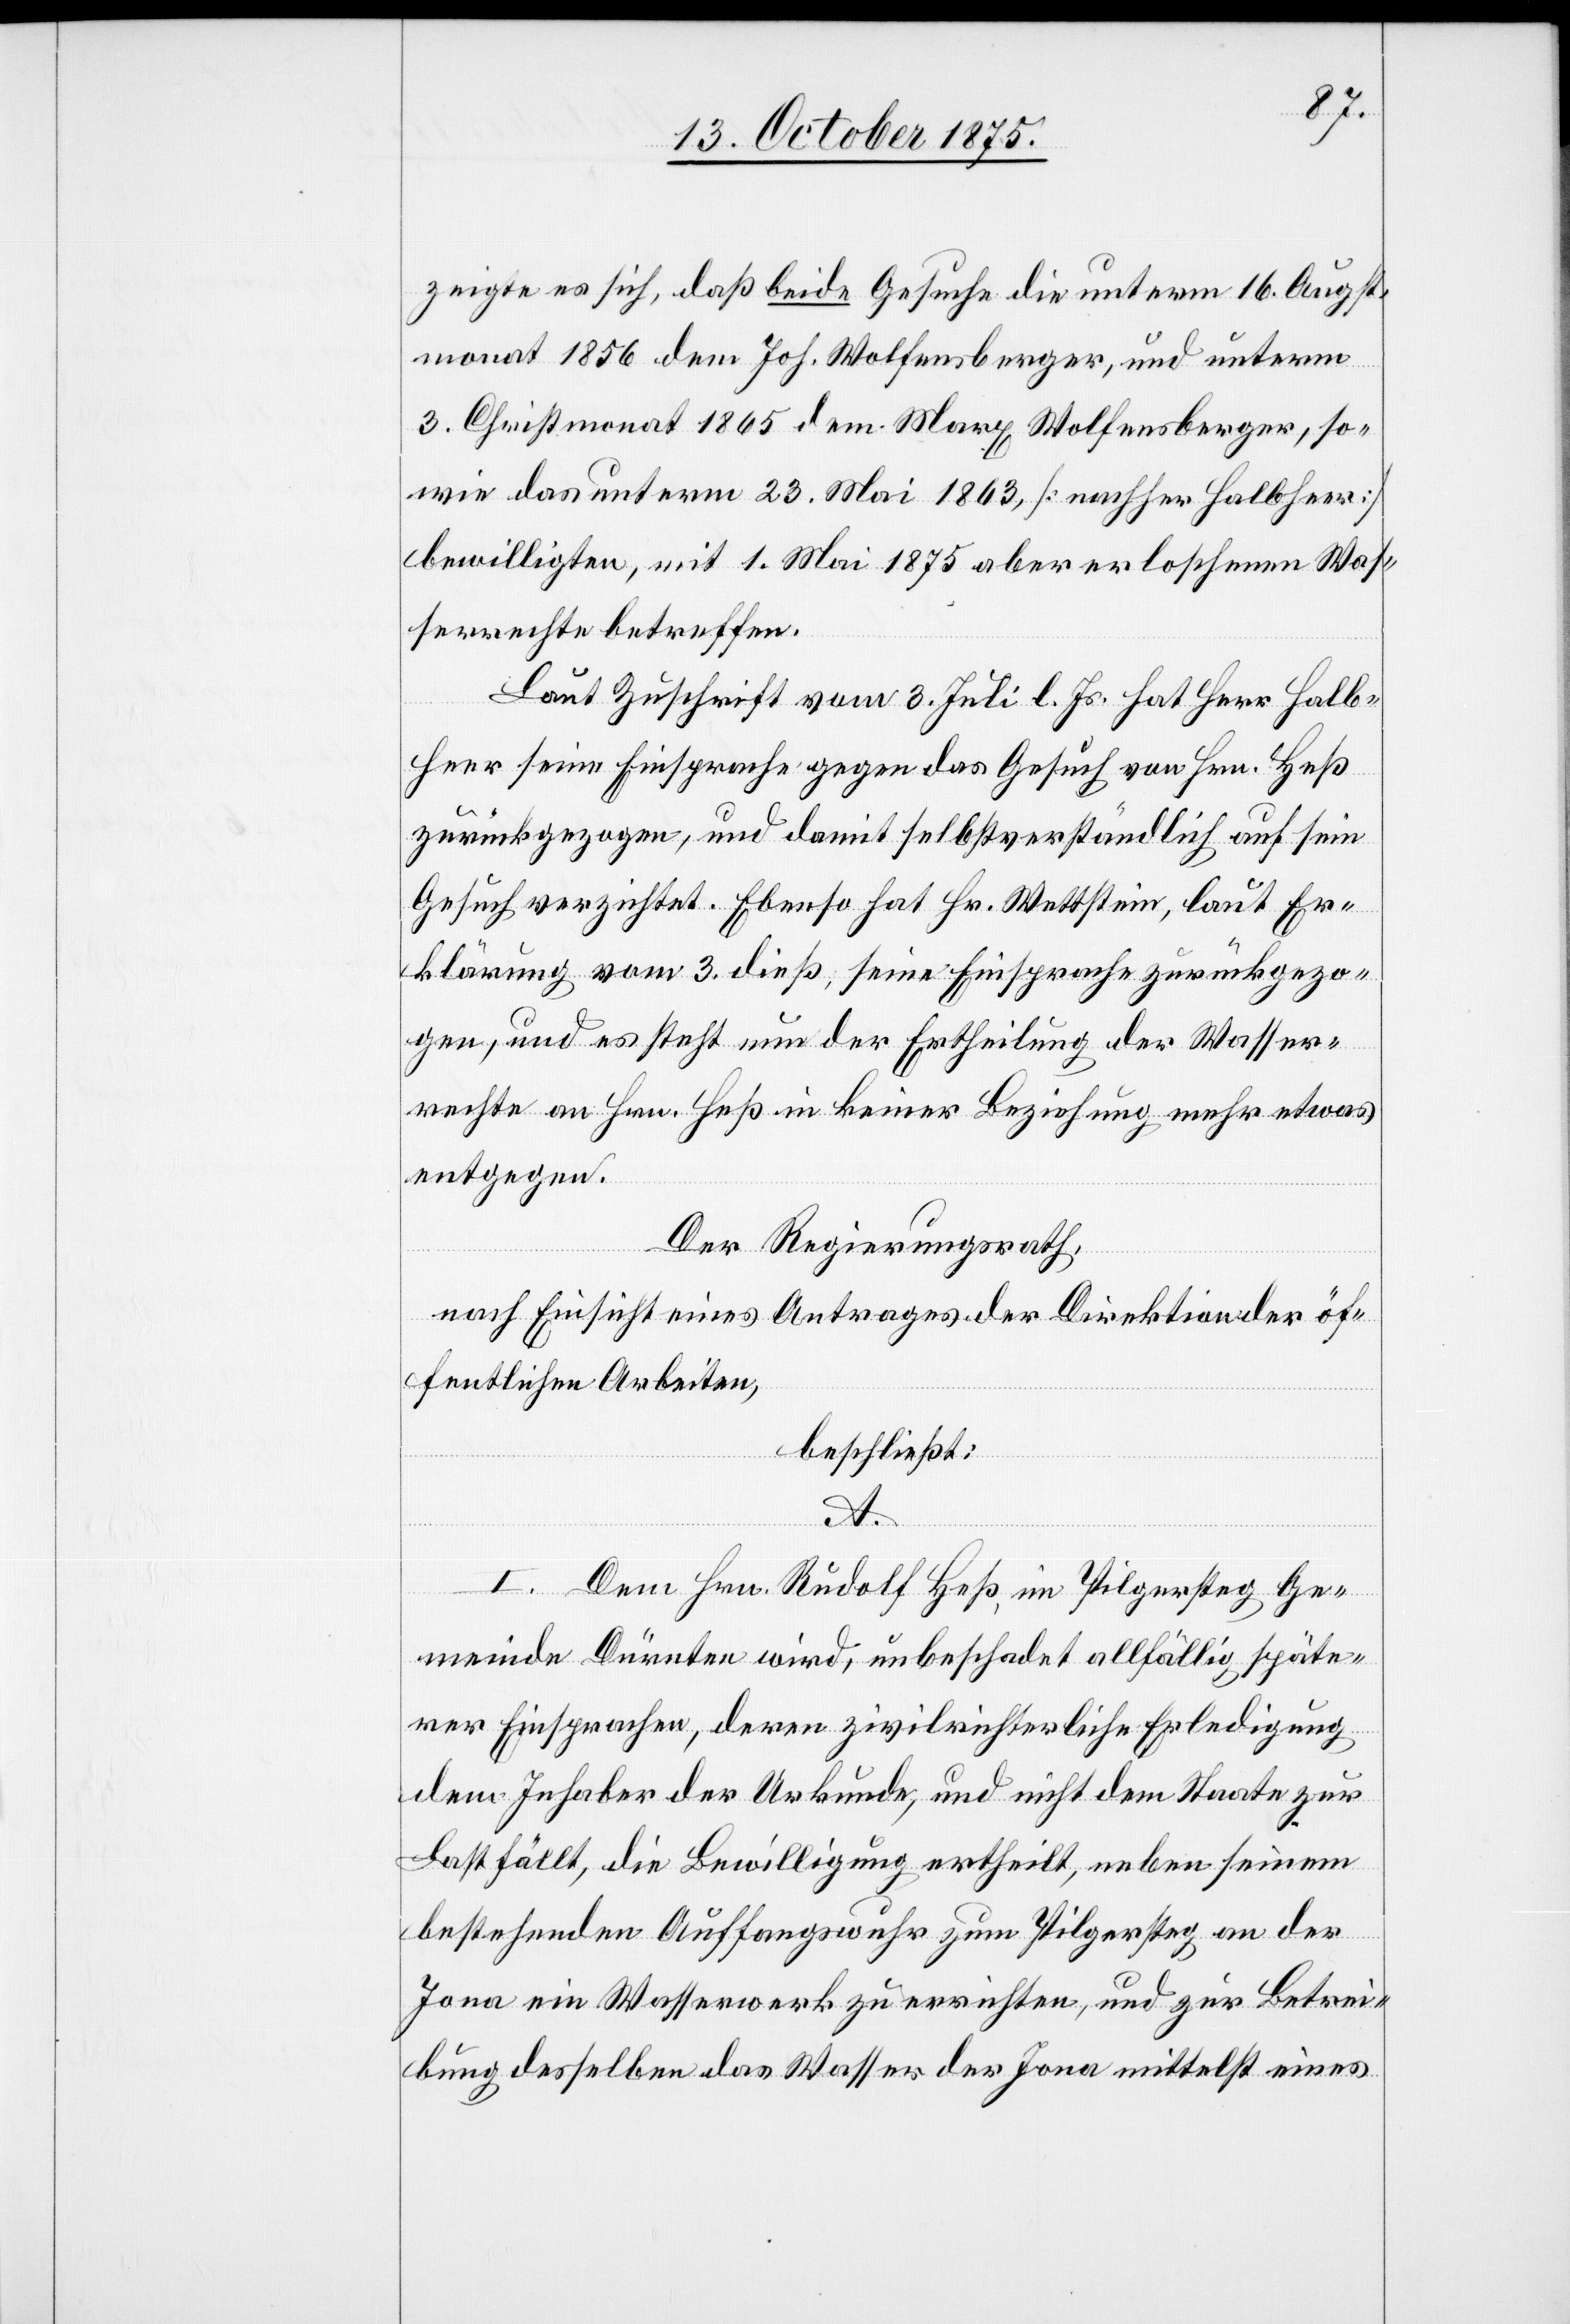
zeigte es sich, daß beide Gesuche die unterm 16. Augst¬
monat 1856 dem Joh. Wolfensberger, und unterm
3. Christmonat 1865 dem Marx Wolfensberger, so¬
wie das unterm 23. Mai 1863, [nachher Halbheer]
bewilligten, mit 1. Mai 1875 aber erloschenen Was¬
serrechte betreffen.
Laut Zuschrift vom 3. Juli l. Js. hat Herr Halb¬
heer seine Einsprache gegen das Gesuch von Hrn. Heß
zurückgezogen, und damit selbstverständlich auf sein
Gesuch verzichtet. Ebenso hat Hr. Wettstein, laut Er¬
klärung vom 3. dieß, seine Einsprache zurückgezo¬
gen, und es steht nun der Ertheilung der Wasser¬
rechte an Hrn. Heß in keiner Beziehung mehr etwas
entgegen.
Der Regierungsrath,
nach Einsicht eines Antrages der Direktion der öf¬
fentlichen Arbeiten,
beschließt:
A.
I. Dem Hrn. Rudolf Heß, im Pilgersteg Ge¬
meinde Dürnten wird, unbeschadet allfällig späte¬
rer Einsprachen, deren zivilrichterliche Erledigung
dem Inhaber der Urkunde, und nicht dem Staate zur
Last fällt, die Bewilligung ertheilt, neben seinem
bestehenden Auffangswuhr zum Pilgersteg an der
Jona ein Wasserwerk zu errichten, und zur Betrei¬
bung desselben das Wasser der Jona mittelst eines